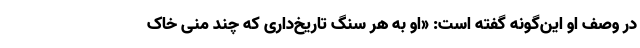
در وصف او این‌گونه گفته است: «او به هر سنگ تاریخ‌داری که چند منی خاک